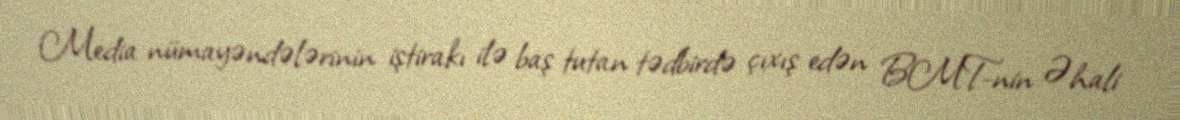
Media nümayəndələrinin iştirakı ilə baş tutan tədbirdə çıxış edən BMT-nin Əhali